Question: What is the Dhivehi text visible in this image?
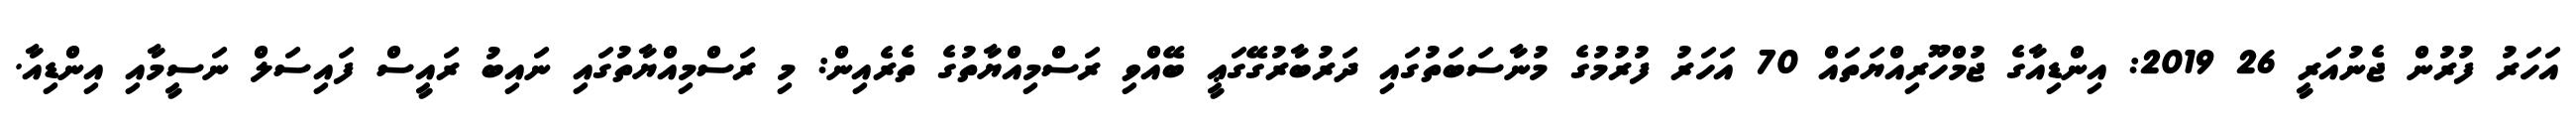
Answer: އަހަރު ފުރުން ޖެނުއަރީ 26 2019: އިންޑިއާގެ ޖުމްހޫރިއްޔަތައް 70 އަހަރު ފުރުމުގެ މުނާސަބަތުގައި ދަރުބާރުގޭގަޢީ ބޭއްވި ރަސްމިއްޔާތުގެ ތެރެއިން: މި ރަސްމިއްޔާތުގައި ނައިބު ރައީސް ފައިސަލް ނަސީމާއި އިންޑިއާ.